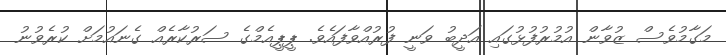
މަގާމުވެސް ޒުވާން އުމުރުފުޅުގައި އަދީބު ވަނީ ފުރުއްވާފައެވެ. ޕީޕީއެމްގެ ސަރުކާރެއް ގެނައުމަށް ކުރެވުނު